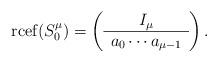
LaTeX: \begin{align*}\operatorname{rcef}(S^\mu_0) = \left(\begin{array}{c} I_\mu \\ \hline a_0 \cdots a_{\mu-1} \end{array}\right).\end{align*}